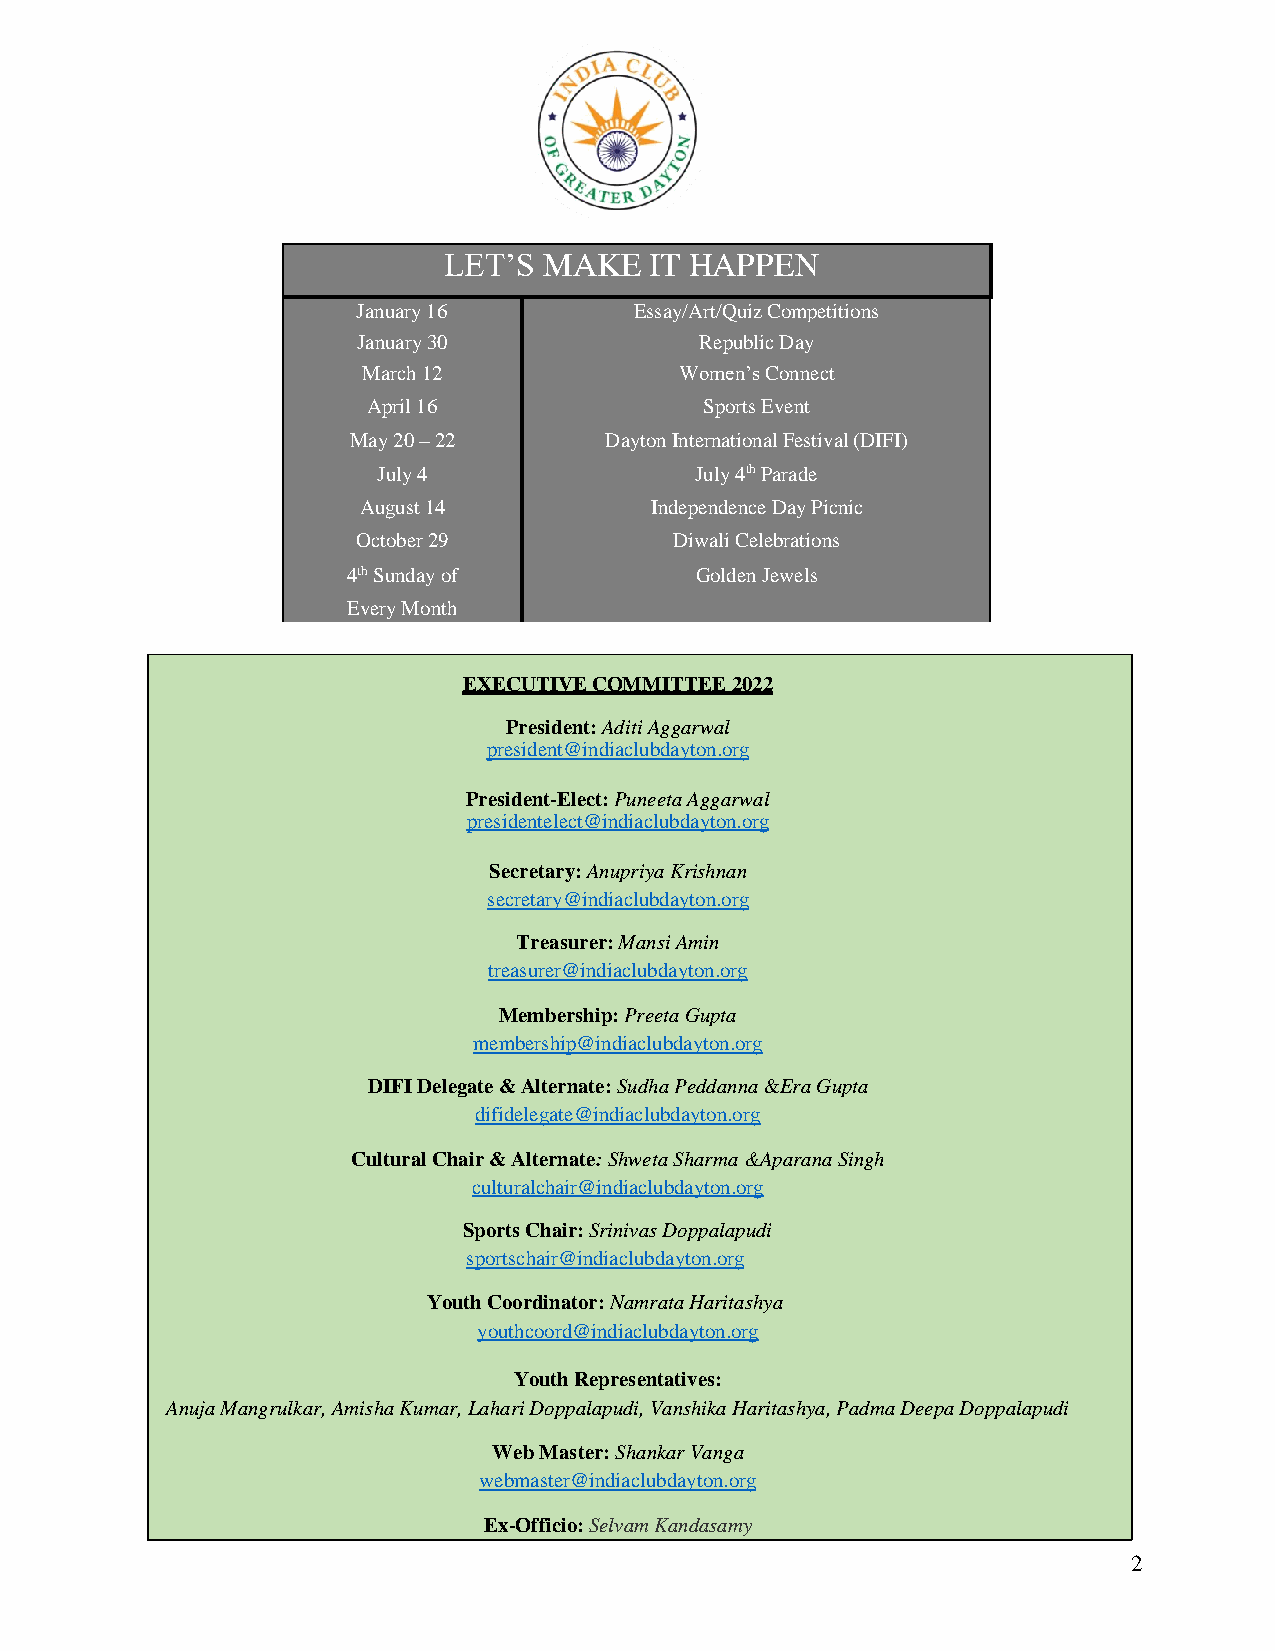
LET’S  MAKE   IT HAPPEN
 January 16        Essay/Art/Quiz Competitions
 January 30            Republic Day
 March 12             Women’s Connect
 April 16               Sports Event
 May 20 – 22      Dayton International Festival (DIFI)
 July 4               July 4th Parade
 August 14          Independence Day Picnic
 October 29           Diwali Celebrations
 4th Sunday of          Golden Jewels
 Every Month
 EXECUTIVE COMMITTEE 2022
 President: Aditi Aggarwal
 president@indiaclubdayton.org
 President-Elect: Puneeta Aggarwal
 presidentelect@indiaclubdayton.org
 Secretary: Anupriya Krishnan
 secretary@indiaclubdayton.org
 Treasurer: Mansi Amin
 treasurer@indiaclubdayton.org
 Membership: Preeta Gupta
 membership@indiaclubdayton.org
 DIFI Delegate & Alternate: Sudha Peddanna &Era Gupta
 difidelegate@indiaclubdayton.org
 Cultural Chair & Alternate: Shweta Sharma &Aparana Singh
 culturalchair@indiaclubdayton.org
 Sports Chair: Srinivas Doppalapudi
 sportschair@indiaclubdayton.org
 Youth Coordinator: Namrata Haritashya
 youthcoord@indiaclubdayton.org
 Youth Representatives:
 Anuja Mangrulkar, Amisha Kumar, Lahari Doppalapudi, Vanshika Haritashya, Padma Deepa Doppalapudi
 Web Master: Shankar Vanga
 webmaster@indiaclubdayton.org
 Ex-Officio: Selvam Kandasamy
 2